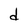
Character: d